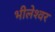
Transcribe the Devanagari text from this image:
भीलेश्‍वर